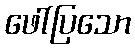
ဖေါ်ပြသော